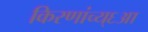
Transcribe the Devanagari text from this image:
किरणांच्य्६आ